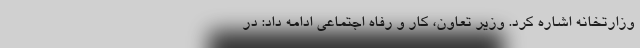
وزارتخانه اشاره کرد. وزیر تعاون، کار و رفاه اجتماعی ادامه داد: در